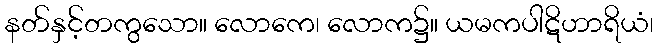
နတ်နှင့်တကွသော။ လောကေ၊ လောက၌။ ယမကပါဋိဟာရိယံ၊